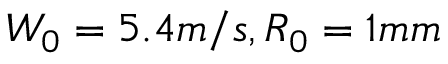
W _ { 0 } = 5 . 4 m / s , R _ { 0 } = 1 m m